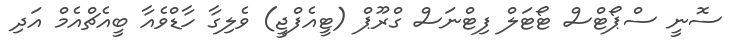
ސޮނީ ސްޕޯޓްސް ޓޯޓަލް ފިޓްނަސް ގްރޫޕް (ޓީއެފްޖީ) ވެލިގާ ހާޑްވެއާ ބީއެޗްއެމް އަދި